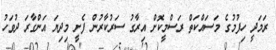
ރަމަދީ ހިފުމުގެ މަސައްކަތް ރަސްމީކޮށް އިރާގު ސަރުކާރުން ފެށީ މިދިޔަ އަންގާރަ ދުވަހު